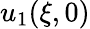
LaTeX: u_{1}(\xi,0)